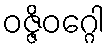
ဝဇ္ဇိဝဂ္ဂေါ